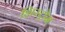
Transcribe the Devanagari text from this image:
शिस्ट्रोम